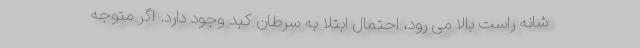
شانه راست بالا می رود، احتمال ابتلا به سرطان کبد وجود دارد. اگر متوجه